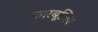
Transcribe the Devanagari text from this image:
कारबूज़िए